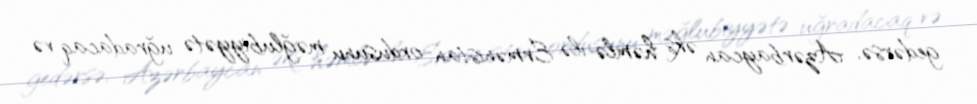
gedərsə, Azərbaycan əks həmlə ilə Ermənistan ordusunu məğlubiyyətə uğradacaq və